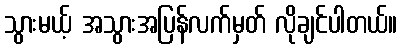
သွားမယ့် အသွားအပြန်လက်မှတ် လိုချင်ပါတယ်။